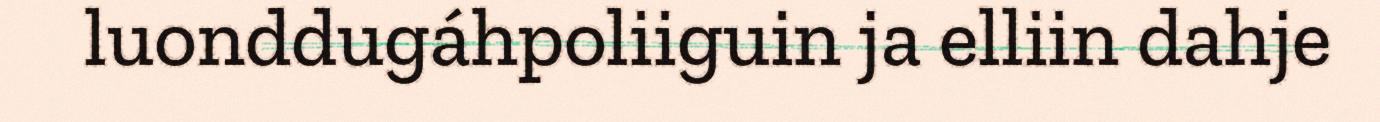
luonddugáhpoliiguin ja elliin dahje